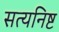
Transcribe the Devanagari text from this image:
सत्यनिष्ट